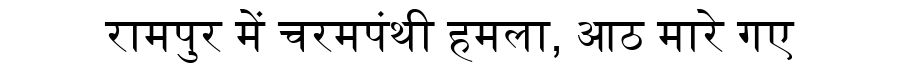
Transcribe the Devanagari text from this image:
रामपुर में चरमपंथी हमला, आठ मारे गए